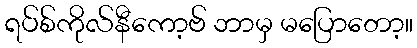
ရပ်စ်ကိုလ်နီကော့ဗ် ဘာမှ မပြောတော့။